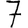
Digit: 7